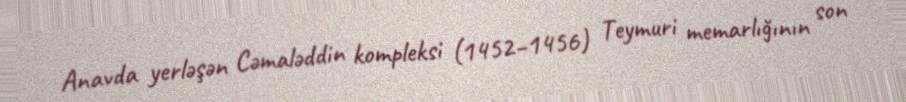
Anavda yerləşən Cəmaləddin kompleksi (1452–1456) Teymuri memarlığının son